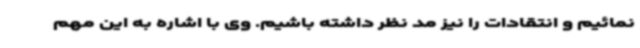
نمائیم و انتقادات را نیز مد نظر داشته باشیم. وی با اشاره به این مهم